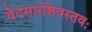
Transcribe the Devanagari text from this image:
वेदसारशिवस्तवः